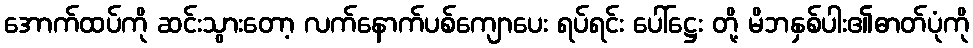
အောက်ထပ်ကို ဆင်းသွားတော့ လက်နောက်ပစ်ကျောပေး ရပ်ရင်း ပေါ်ဋ္ဌေး တို့ မိဘနှစ်ပါး၏ဓာတ်ပုံကို